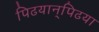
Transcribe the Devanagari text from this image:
पिढयान्‌पिढया